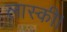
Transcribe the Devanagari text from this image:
लास्की।